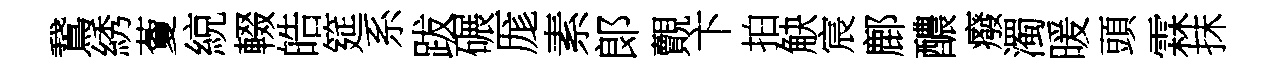
鵞綉藑綂輟皓筵系跋碾厖素郞覿卞拍觖宸鄜醲癈濁暖頭霖抹